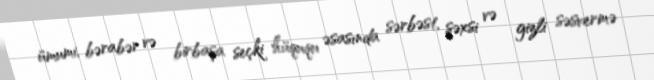
ümumi, bərabər və birbaşa seçki hüququ əsasında sərbəst, şəxsi və gizli səsvermə